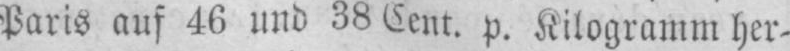
Paris auf 46 und 38 Cent. p. Kilogramm her-